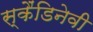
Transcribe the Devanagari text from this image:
स्कैंडिनेवी